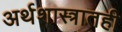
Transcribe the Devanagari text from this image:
अर्थशास्त्रातही